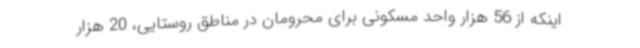
اینکه از 56 هزار واحد مسکونی برای محرومان در مناطق روستایی، 20 هزار